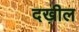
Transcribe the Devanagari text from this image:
दख़ील